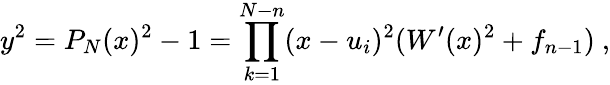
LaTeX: y^{2}=P_{N}(x)^{2}-1=\prod_{k=1}^{N-n}(x-u_{i})^{2}(W^{\prime}(x)^{2}+f_{n-1})\ ,